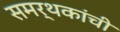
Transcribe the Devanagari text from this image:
समर्थकांची